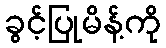
ခွင့်ပြုမိန့်ကို